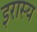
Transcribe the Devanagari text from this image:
इरास्य